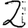
Digit: 2